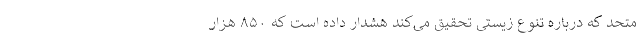
متحد که درباره تنوع زیستی تحقیق می‌کند هشدار داده است که ۸۵۰ هزار